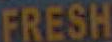
FRESH